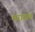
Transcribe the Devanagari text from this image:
मराठाच